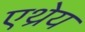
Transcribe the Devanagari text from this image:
एथ्रेय